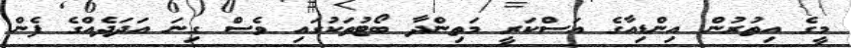
މީގެ އިތުރުން އިންޑިއާގެ އަސްކަރީ މަތިންދާ ބޯޓުތަކުގައި ވެސް ގިނަ އަދަދެއްގެ ފެން